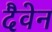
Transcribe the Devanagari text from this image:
दैवेन